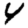
Digit: 4